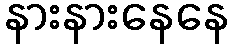
နားနားနေနေ